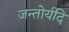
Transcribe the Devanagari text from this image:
जन्तोर्यदि